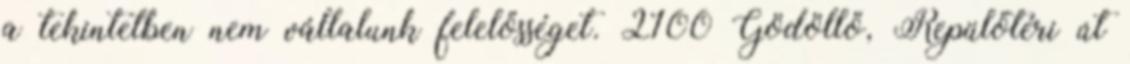
a tekintetben nem vállalunk felelősséget. 2100 Gödöllő, Repülőtéri út